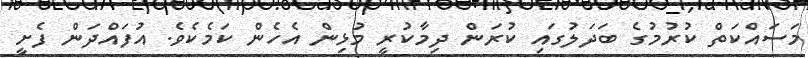
މަސައްކަތް ކުރުމުގެ ބަދަލުގައި ކުރަން ދިމާކުރީ މުޅިން އެހެން ކަމެކެވެ. އުފައްދަން ފެށީ